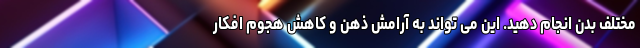
مختلف بدن انجام دهید. این می تواند به آرامش ذهن و کاهش هجوم افکار